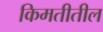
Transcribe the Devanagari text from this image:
किमतीतील